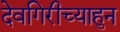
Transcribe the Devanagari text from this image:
देवगिरीच्याहुन